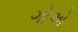
ગોએ